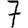
Digit: 7